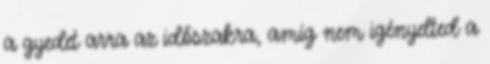
a gyedet arra az időszakra, amíg nem igényelted a